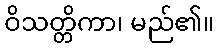
ဝိသတ္တိကာ၊ မည်၏။